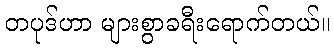
တပုဒ်ဟာ များစွာခရီးရောက်တယ်။